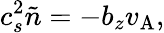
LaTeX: c_{s}^{2}\tilde{n}=-b_{z}v_{\mathrm{A}},